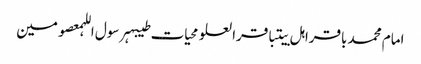
امام محمد باقراہل بیتباقرالعلومحیات طیبہرسول اللہمعصومین